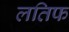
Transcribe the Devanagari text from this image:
लतिफ